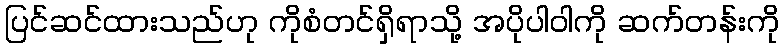
ပြင်ဆင်ထားသည်ဟု ကိုစံတင်ရှိရာသို့ အပိုပါဝါကို ဆက်တန်းကို